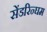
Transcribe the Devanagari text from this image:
सेंडरिन्घम